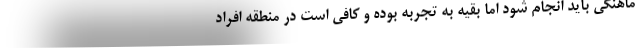
ماهنگی باید انجام شود اما بقیه به تجربه بوده و کافی است در منطقه افراد